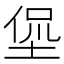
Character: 𱗁